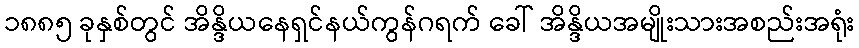
၁၈၈၅ ခုနှစ်တွင် အိန္ဒိယနေရှင်နယ်ကွန်ဂရက် ခေါ် အိန္ဒိယအမျိုးသားအစည်းအရုံး